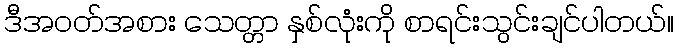
ဒီအဝတ်အစား သေတ္တာ နှစ်လုံးကို စာရင်းသွင်းချင်ပါတယ်။